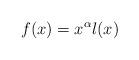
LaTeX: \begin{align*} f(x)=x^\alpha l(x) \end{align*}